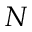
N